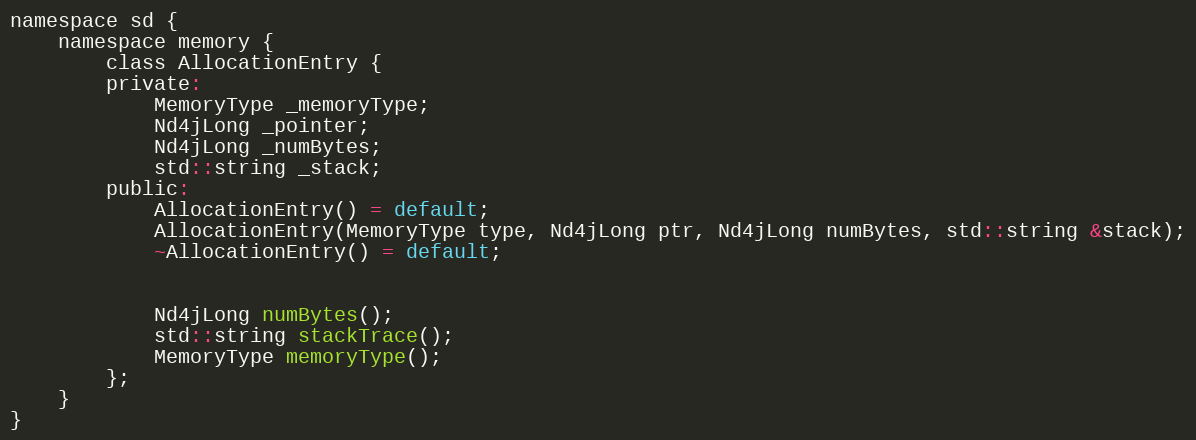
Language: C
namespace sd {
    namespace memory {
        class AllocationEntry {
        private:
            MemoryType _memoryType;
            Nd4jLong _pointer;
            Nd4jLong _numBytes;
            std::string _stack;
        public:
            AllocationEntry() = default;
            AllocationEntry(MemoryType type, Nd4jLong ptr, Nd4jLong numBytes, std::string &stack);
            ~AllocationEntry() = default;

            Nd4jLong numBytes();
            std::string stackTrace();
            MemoryType memoryType();
        };
    }
}